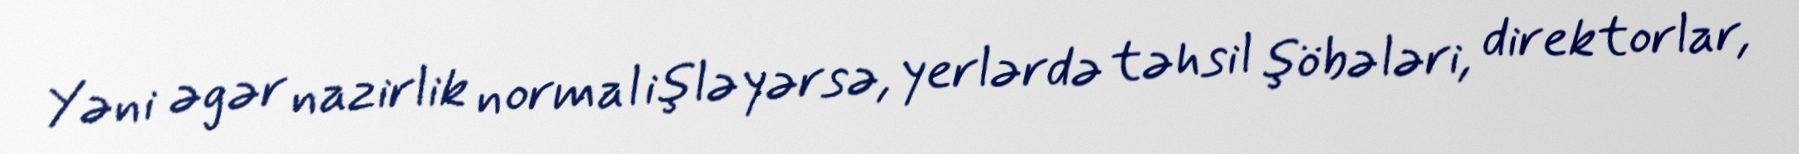
Yəni əgər nazirlik normal işləyərsə, yerlərdə təhsil şöbələri, direktorlar,